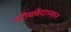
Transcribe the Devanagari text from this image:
परीचर्चेदरम्यान